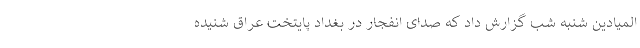
المیادین شنبه شب گزارش داد که صدای انفجار در بغداد پایتخت عراق شنیده